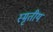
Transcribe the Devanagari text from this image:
स्मृतीय